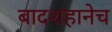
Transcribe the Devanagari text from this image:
बादशहानेच